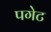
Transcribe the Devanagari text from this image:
पगेट